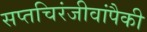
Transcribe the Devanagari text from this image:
सप्तचिरंजीवांपैकी